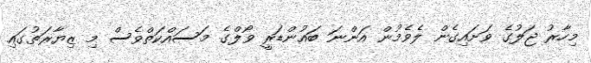
މިހާރު ޖަލުގެ ވަށައިގެން ލެވެމުން އަންނަ ބައުންޑަރީ ވޯލްގެ މަސައްކަތްވެސް މި ޒިޔާރަތުގައި